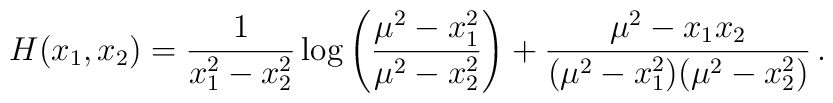
H(x_1,x_2)= \frac{1}{x_1^2-x_2^2}\log\left(\frac{\mu^2-x_1^2}{\mu^2-x_2^2}\right)+\frac{\mu^2-x_1x_2}{(\mu^2-x_1^2)(\mu^2-x_2^2)}\,.